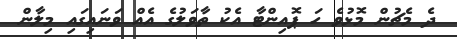
ދެ މެޗުން މޮޅުވެ ހަ ޕޮއިންޓާ އެކު ތާވަލުގެ އެއް ވަނައިގައި މިލާން